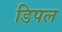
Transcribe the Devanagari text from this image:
डिपल